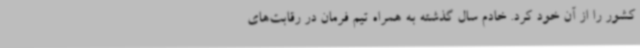
کشور را از آن خود کرد. خادم سال گذشته به همراه تیم فرمان در رقابت‌های